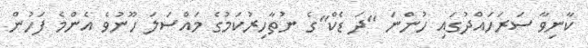
ކާނިވާ ސަރަހައްދުގައި ހުންނަ "ދަ ޑެކް"ގެ ނުތާހިރުކަމުގެ މައްސަލަ ހޫނުވެ އެންމެ ފަހުން